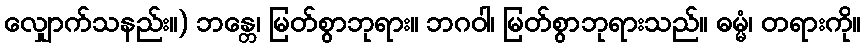
လျှောက်သနည်း။) ဘန္တေ၊ မြတ်စွာဘုရား။ ဘဂဝါ၊ မြတ်စွာဘုရားသည်။ ဓမ္မံ၊ တရားကို။